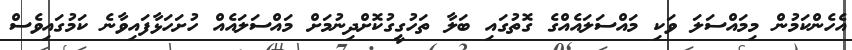
އެހެންކަމުން މިމައްސަލަ ވަކި މައްސަލައެއްގެ ގޮތުގައި ބަލާ ތަހުގީގުކޮށްދިނުމަށް މައްސަލައެއް ހުށަހަޅާފައިވާނެ ކަމުގައިވެސް